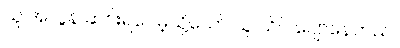
သူ အလွန် ဆင်းရဲပေမဲ့သို့သော် သူ သိပ် ပျော်နေတယ်။